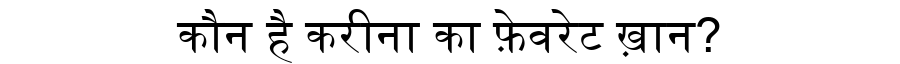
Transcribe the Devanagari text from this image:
कौन है करीना का फ़ेवरेट ख़ान?